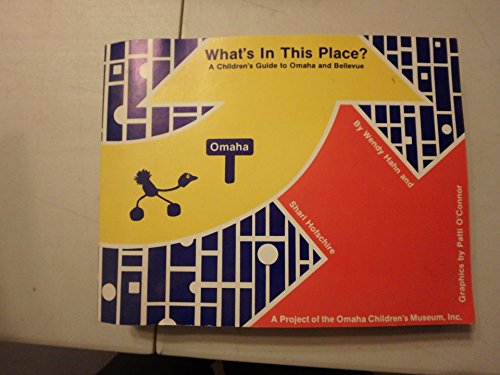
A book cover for What's in this place?: A children's guide to Omaha and Bellevue; Wendy Hahn; Travel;